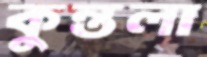
কুন্তলা